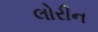
લોરીન